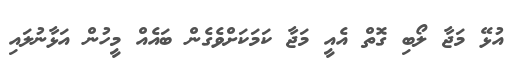
އުޅޭ މަޖާ ލޯބި ގޮތް އެއީ މަޖާ ކަމަކަށްވެގެން ބައެއް މީހުން އަޅާނުލައި